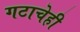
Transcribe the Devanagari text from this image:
गटाचेही